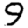
Digit: 9